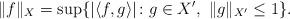
LaTeX: \begin{align*}\|f\|_X=\sup\{|\langle f,g\rangle|\colon g\in X',\ \|g\|_{X'}\le 1\}.\end{align*}